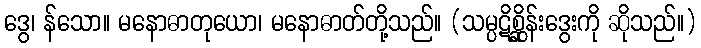
ဒွေ၊ န်သော။ မနောဓာတုယော၊ မနောဓာတ်တို့သည်။ (သမ္ပဋိစ္ဆိုန်းဒွေးကို ဆိုသည်။)